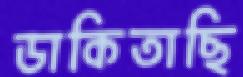
ডাকিতাছি